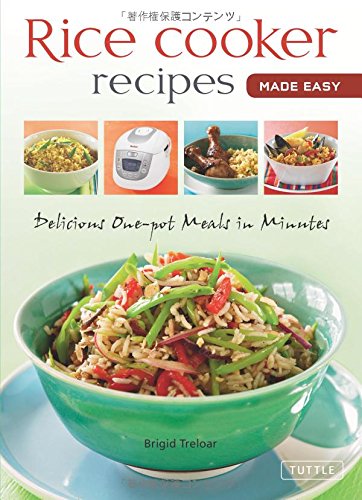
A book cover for Rice Cooker Recipes Made Easy: Delicious One-pot Meals in Minutes (Learn to Cook Series); Brigid Treloar; Cookbooks, Food & Wine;